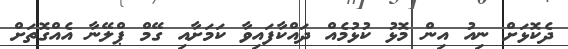
ދެކޮޅަށް ނިއު އިން މޮޅު ކުޅުމެއް ދައްކާފައިވާ ކަމަށާއި ގޭމް ޕްލޭނާ އެއްގޮތަށް